Report of the Bombay Veterinary College
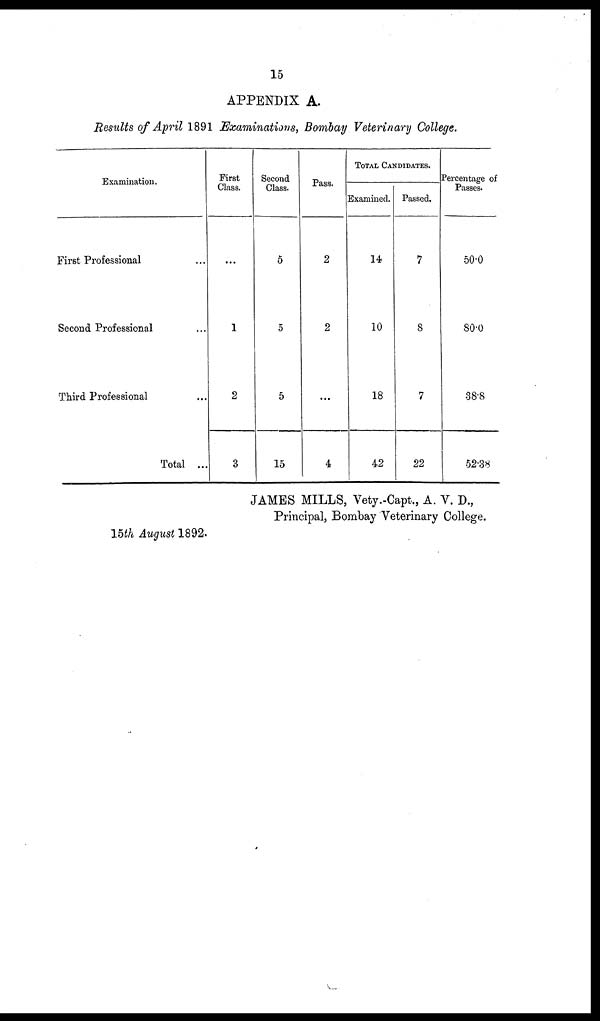
15
APPENDIX A.
Results of April 1891 Examinations, Bombay Veterinary College.
Examination.
First Professional
Second Professional
Third Professional
Total ...
First
Class.
...
1
2
3
Second
Class.
5
5
5
15
Pass.
2
2
...
4
TOTAL CANDIDATES.
Examined.
14
10
18
42
Passed.
7
8
7
22
Percentage of
Passes.
50.0
80.0
38.8
52.38
JAMES MILLS, Vety.Capt., A. V. D.,
Principal, Bombay Veterinary College.
15th August 1892.